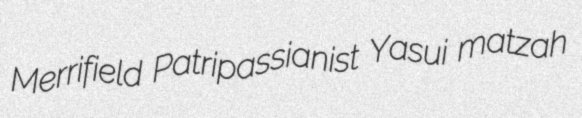
Merrifield Patripassianist Yasui matzah